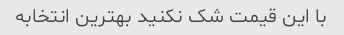
با این قیمت شک نکنید بهترین انتخابه